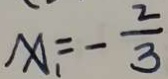
x _ { 1 } = - \frac { 2 } { 3 }